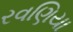
રવણિયા